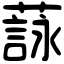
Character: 𦻑